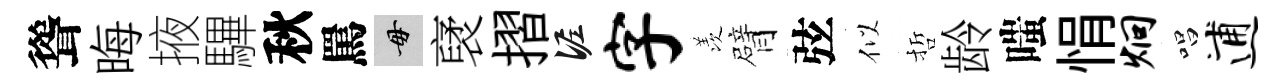
聳晦掖驆秋罵毋裦摺泥字羡臂弦似哲龄嗤悁炯唱逋